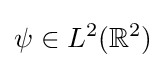
\psi \in L^{2}(\mathbb {R} ^{2})